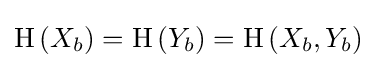
\mathrm {H} \left(X_{b}\right)=\mathrm {H} \left(Y_{b}\right)=\mathrm {H} \left(X_{b},Y_{b}\right)